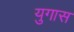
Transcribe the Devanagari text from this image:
युगास